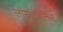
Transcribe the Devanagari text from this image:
लॉसएंजेलिस